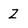
Character: Z